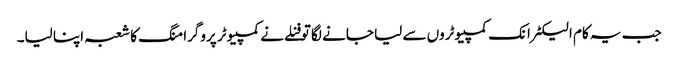
جب یہ کام الیکٹرانک کمپیوٹروں سے لیا جانے لگا تو فنلے نے کمپیوٹر پروگرامنگ کا شعبہ اپنا لیا۔